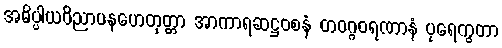
အဓိပ္ပါယဝိညာပနဟေတုတ္တာ အာကာရဆဋ္ဌဝစနံ တဝဂ္ဂဝရဏာနံ ပုရေက္ခတာ